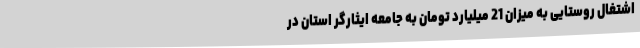
اشتغال روستایی به میزان 21 میلیارد تومان به جامعه ایثارگر استان در